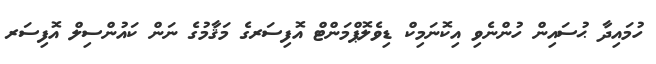
ހުމައިދާ ޙުސައިން ހުންނެވި އިކޮނަމިކް ޑިވެލޮޕްމަންޓް އޮފިސަރގެ މަޤާމުގެ ނަން ކައުންސިލް އޮފިސަރ